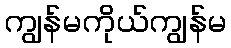
ကျွန်မကိုယ်ကျွန်မ